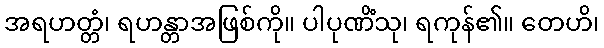
အရဟတ္တံ၊ ရဟန္တာအဖြစ်ကို။ ပါပုဏိံသု၊ ရကုန်၏။ တေဟိ၊